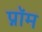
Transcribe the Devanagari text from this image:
प्नॉम